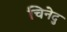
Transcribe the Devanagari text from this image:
चिनेदु